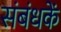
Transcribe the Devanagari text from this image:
संबंधकें